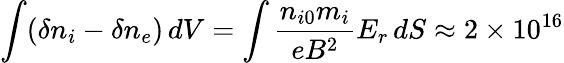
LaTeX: \int(\delta n_{i}-\delta n_{e})\, dV=\int\frac{n_{i0}m_{i}}{eB^{2}}E_{r}\, dS\approx 2\times 10^{16}